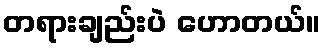
တရားချည်းပဲ ဟောတယ်။